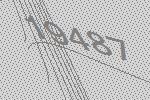
19487